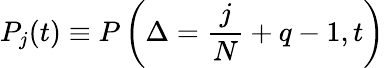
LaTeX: P_{j}(t)\equiv P\left(\Delta=\frac{j}{N}+q-1,t\right)